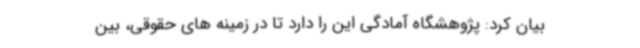
بیان کرد: پژوهشگاه آمادگی این را دارد تا در زمینه های حقوقی، بین